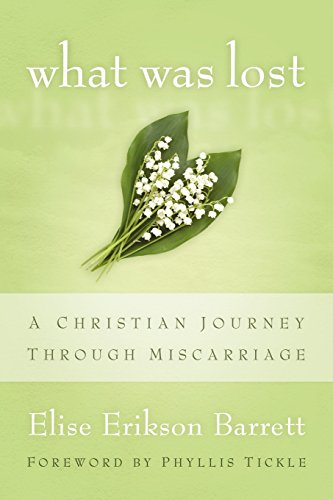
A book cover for What Was Lost: A Christian Journey through Miscarriage; Elise Erikson Barrett; Christian Books & Bibles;